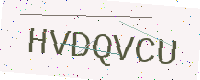
Text: HVDQVCU